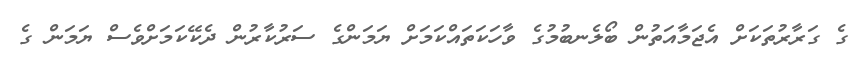
ގެ ގަރާރުތަކަށް އެޖަމާއަތުން ބޯލެނބުމުގެ ވާހަކަތައްކަމަށް ޔަމަންގެ ސަރުކާރުން ދެކޭކަމަށްވެސް ޔަމަން ގެ